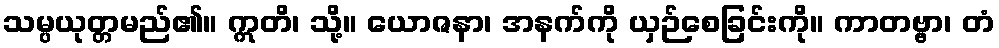
သမ္ပယုတ္တမည်၏။ ဣတိ၊ သို့။ ယောဇနာ၊ အနက်ကို ယှဉ်စေခြင်းကို။ ကာတဗ္ဗာ၊ တံ